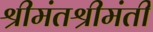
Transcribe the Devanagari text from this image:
श्रीमंतश्रीमंती